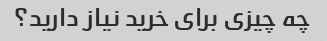
چه چیزی برای خرید نیاز دارید؟